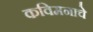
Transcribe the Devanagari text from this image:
कविमनाचे